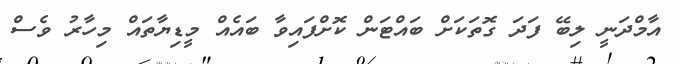
އާމްދަނީ ލިބޭ ފަދަ ގޮތަކަށް ބައްޓަން ކޮށްފައިވާ ބައެއް މީޑިޔާތައް މިހާރު ވެސް